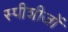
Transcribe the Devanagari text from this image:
स्पीशीजों